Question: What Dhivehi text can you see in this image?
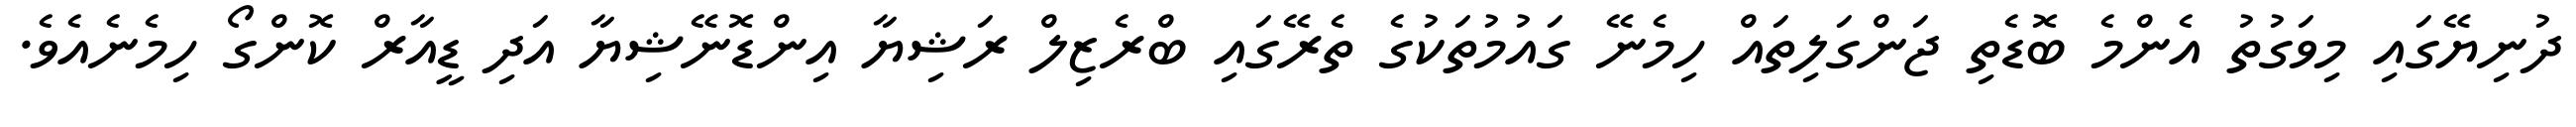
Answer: ދުނިޔޭގައި މިވަގުތު އެންމެ ބޮޑެތި ޖަންގަލިތައް ހިމެނޭ ގައުމުތަކުގެ ތެރޭގައި ބްރެޒިލް ރަޝިޔާ އިންޑޮނޭޝިޔާ އަދި ޑީއާރް ކޮންގޯ ހިމެނެއެވެ.